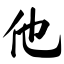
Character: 他